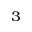
^ { 3 }